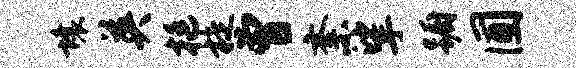
壤英挺旋曾紊挲蹰圃